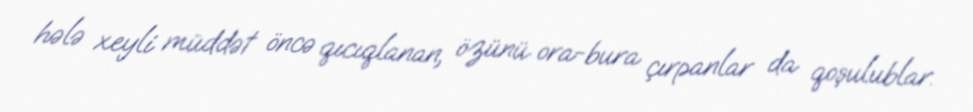
hələ xeyli müddət öncə qıcıqlanan, özünü ora-bura çırpanlar da qoşulublar.